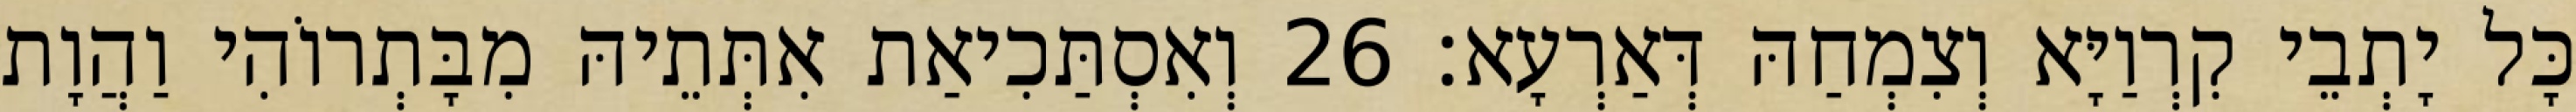
כָּל יָתְבֵי קִרְוַיָּא וְצִמְחַהּ דְּאַרְעָא׃ 26 וְאִסְתַּכִיאַת אִתְּתֵיהּ מִבָּתְרוֹהִי וַהֲוָת